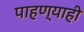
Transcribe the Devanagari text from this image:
पाहण्याही